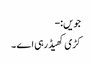
جویں:-
کڑی کھیڈ رہی اے ۔